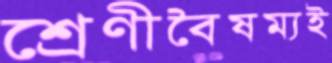
শ্রেণীবৈষম্যই